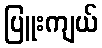
ပြူးကျယ်